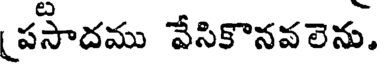
పసాదము వేసికొనవలెను.